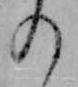
の